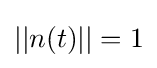
||n(t)||=1